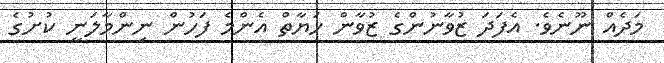
މަދެއް ނޫނެވެ. އެފަދަ ޒުވާނުންގެ ޒުވާން ހަޔާތް އެންމެ ފަހުން ނިންމާލަނީ ކުށުގެ